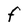
Character: F